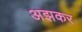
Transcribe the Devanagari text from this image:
अझकर